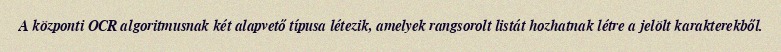
A központi OCR algoritmusnak két alapvető típusa létezik, amelyek rangsorolt listát hozhatnak létre a jelölt karakterekből.